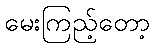
မေးကြည့်တော့